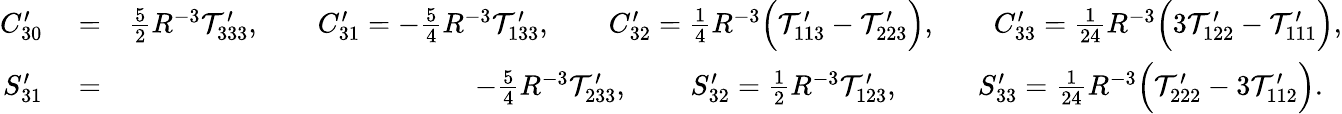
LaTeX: \begin{array}{rlr}{C_{30}^{\prime}}&{{}=}&{{\textstyle\frac{5}{2}}R^{-3}{\cal T}_{333}^{\prime},\qquad C_{31}^{\prime}=-{\textstyle\frac{5}{4}}R^{-3}{\cal T}_{133}^{\prime},\qquad C_{32}^{\prime}={\textstyle\frac{1}{4}}R^{-3}\Big({\cal T}_{113}^{\prime}-{\cal T}_{223}^{\prime}\Big),\qquad C_{33}^{\prime}={\textstyle\frac{1}{24}}R^{-3}\Big(3{\cal T}_{122}^{\prime}-{\cal T}_{111}^{\prime}\Big),}\\ {S_{31}^{\prime}}&{{}=}&{-{\textstyle\frac{5}{4}}R^{-3}{\cal T}_{233}^{\prime},\qquad\, S_{32}^{\prime}={\textstyle\frac{1}{2}}R^{-3}{\cal T}_{123}^{\prime},\qquad~~~S_{33}^{\prime}={\textstyle\frac{1}{24}}R^{-3}\Big({\cal T}_{222}^{\prime}-3{\cal T}_{112}^{\prime}\Big).~~}\end{array}